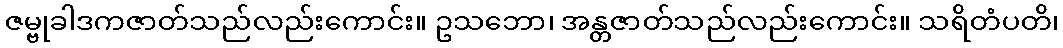
ဇမ္ဗုခါဒကဇာတ်သည်လည်းကောင်း။ ဥသဘော၊ အန္တဇာတ်သည်လည်းကောင်း။ သရိတံပတိ၊